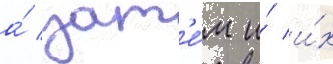
а́ зат'е́м и́ и́х